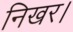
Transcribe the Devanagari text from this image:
निखर।